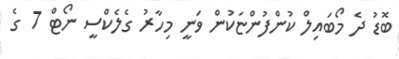
ބޮޑު ދެ މޯބައިލް ކުންފުންޏަކުން ވަނީ މިހާރު ގެލެކްސީ ނޯޓް 7 ގެ